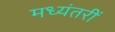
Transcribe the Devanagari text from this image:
मध्यंतरीं